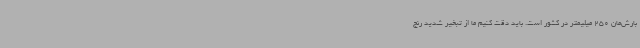
بارش‌مان 250 میلیمتر در کشور است. باید دقت کنیم ما از تبخیر شدید رنج